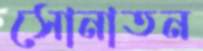
সোনাতন